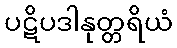
ပဋိပဒါနုတ္တရိယံ